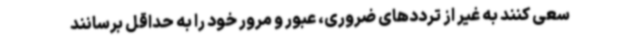
سعی کنند به غیر از ترددهای ضروری، عبور و مرور خود را به حداقل برسانند